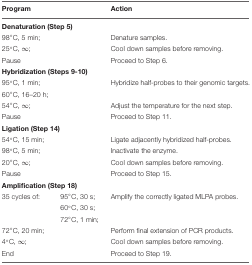
<table><thead><tr><td><b>Program</b></td><td></td><td><b>Action</b></td></tr></thead><tbody><tr><td colspan="3"><b>Denaturation (Step 5)</b></td></tr><tr><td>98°C, 5 min;</td><td></td><td>Denature samples.</td></tr><tr><td>25°C, ∞;</td><td></td><td>Cool down samples before removing.</td></tr><tr><td>Pause</td><td></td><td>Proceed to Step 6.</td></tr><tr><td colspan="3"><b>Hybridization (Steps 9-10)</b></td></tr><tr><td>95°C, 1 min;</td><td></td><td>Hybridize half-probes to their genomic targets.</td></tr><tr><td>60°C, 16–20 h;</td><td></td><td></td></tr><tr><td>54°C, ∞;</td><td></td><td>Adjust the temperature for the next step.</td></tr><tr><td>Pause</td><td></td><td>Proceed to Step 11.</td></tr><tr><td colspan="3"><b>Ligation (Step 14)</b></td></tr><tr><td>54°C, 15 min;</td><td></td><td>Ligate adjacently hybridized half-probes.</td></tr><tr><td>98°C, 5 min;</td><td></td><td>Inactivate the enzyme.</td></tr><tr><td>20°C, ∞;</td><td></td><td>Cool down samples before removing.</td></tr><tr><td>Pause</td><td></td><td>Proceed to Step 15.</td></tr><tr><td colspan="3"><b>Amplification (Step 18)</b></td></tr><tr><td>35 cycles of:</td><td>95°C, 30 s;</td><td>Amplify the correctly ligated MLPA probes.</td></tr><tr><td></td><td>60°C, 30 s;</td><td></td></tr><tr><td></td><td>72°C, 1 min;</td><td></td></tr><tr><td>72°C, 20 min;</td><td></td><td>Perform final extension of PCR products.</td></tr><tr><td>4°C, ∞;</td><td></td><td>Cool down samples before removing.</td></tr><tr><td>End</td><td></td><td>Proceed to Step 19.</td></tr></tbody></table>